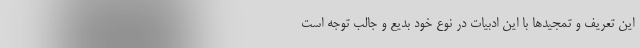
این تعریف و تمجیدها با این ادبیات در نوع خود بدیع و جالب توجه است